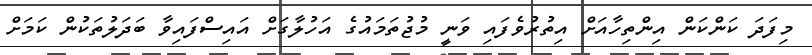
މިފަދަ ކަންކަން އިންތިހާއަށް އިތުރުވެފައި ވަނީ މުޖުތަމައުގެ އަހުލާގަށް އައިސްފައިވާ ބަދަލުތަކުން ކަމަށް